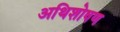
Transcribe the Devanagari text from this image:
अथिशोषण